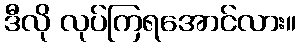
ဒီလို လုပ်ကြရအောင်လား။